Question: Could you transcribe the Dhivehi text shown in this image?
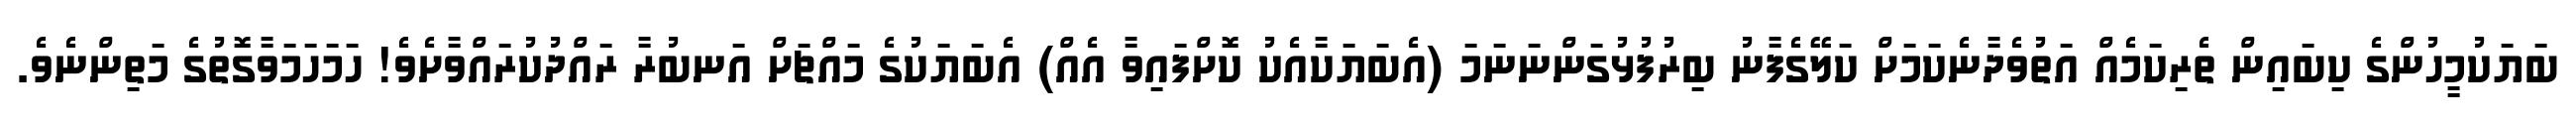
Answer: ބަޔަކުމީހުންގެ ކިބައިން ތެރިކަމެއް އަތުވެދާނެކަމަށް ކަލޭގެފާނު ބިރުފުޅުގަންނަނަމަ (އެބަޔަކާއެކު ކޮށްފައިވާ އެއް) އެބަޔަކުގެ މައްޗަށް އަނބުރާ ރައްދުކުރައްވާށެވެ! ހަމަހަމަވާގޮތުގެ މަތިންނެވެ.